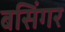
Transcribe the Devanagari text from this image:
बसिंगर